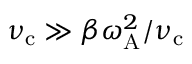
\nu _ { \mathrm { c } } \gg \beta \omega _ { \mathrm { A } } ^ { 2 } / \nu _ { \mathrm { c } }